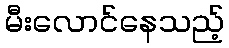
မီးလောင်နေသည့်